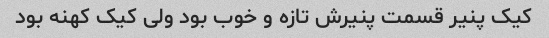
کیک پنیر قسمت پنیرش تازه و خوب بود ولی کیک کهنه بود